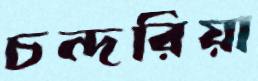
চন্দরিয়া